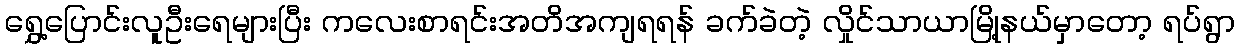
ရွှေ့ပြောင်းလူဦးရေများပြီး ကလေးစာရင်းအတိအကျရရန် ခက်ခဲတဲ့ လှိုင်သာယာမြို့နယ်မှာတော့ ရပ်ရွာ